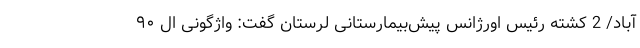
آباد/ 2 کشته رئیس اورژانس پیش‌بیمارستانی لرستان گفت: واژگونی ال ۹۰